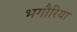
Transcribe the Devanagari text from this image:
भगौरिया